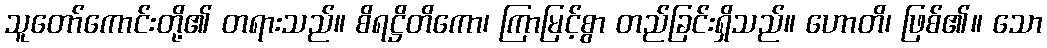
သူတော်ကောင်းတို့၏ တရားသည်။ စိရဋ္ဌိတိကော၊ ကြာမြင့်စွာ တည်ခြင်းရှိသည်။ ဟောတိ၊ ဖြစ်၏။ သော